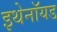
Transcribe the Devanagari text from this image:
इथेनॉयड